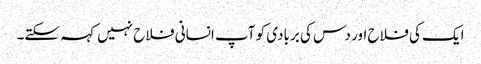
ایک کی فلاح اور دس کی بربادی کو آپ انسانی فلاح نہیں کہہ سکتے۔